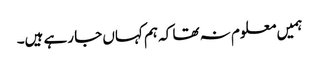
ہمیں معلوم نہ تھا کہ ہم کہاں جا رہے ہیں۔